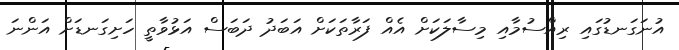
އުނަގަނޑުގައި ރިއްސުމާއި މިސާލަކަށް އެއް ފަރާތަކަށް އަބަދު ދަބަސް އަޅުވާތީ ހަށިގަނޑަށް އަންނަ